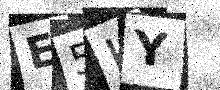
Text: E5KY